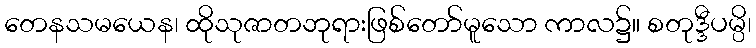
တေနသမယေန၊ ထိုသုဇာတဘုရားဖြစ်တော်မူသော ကာလ၌။ စတုဒ္ဒီပမ္ပိ၊